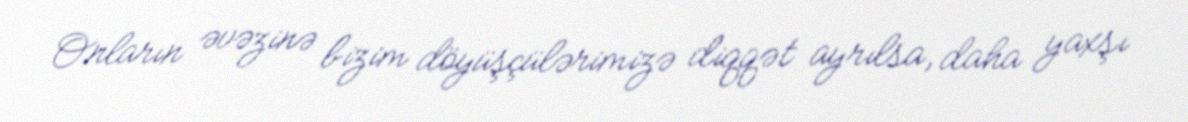
Onların əvəzinə bizim döyüşçülərimizə diqqət ayrılsa, daha yaxşı